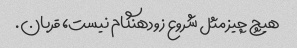
هیچ چیز مثل شروع زودهنگام نیست، قربان.